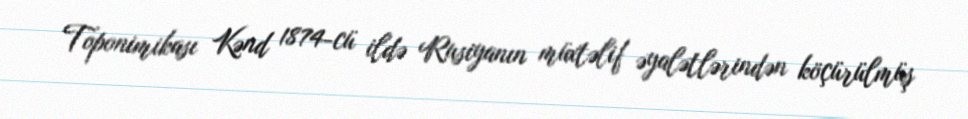
Toponimikası Kənd 1874-cü ildə Rusiyanın müxtəlif əyalətlərindən köçürülmüş